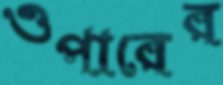
ওপারের